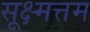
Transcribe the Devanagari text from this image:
सूक्ष्मत्तम